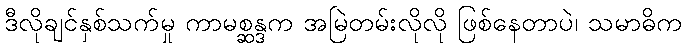
ဒီလိုချင်နှစ်သက်မှု ကာမစ္ဆန္ဒက အမြဲတမ်းလိုလို ဖြစ်နေတာပဲ၊ သမာဓိက